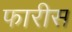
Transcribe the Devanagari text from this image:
फारीस